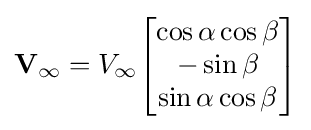
\mathbf {V} _{\infty }=V_{\infty }{\begin{bmatrix}\cos \alpha \cos \beta \\-\sin \beta \\\sin \alpha \cos \beta \end{bmatrix}}